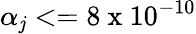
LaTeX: \alpha_{\mathit{j}}<=8\mathrm{{~x~}}10^{-10}